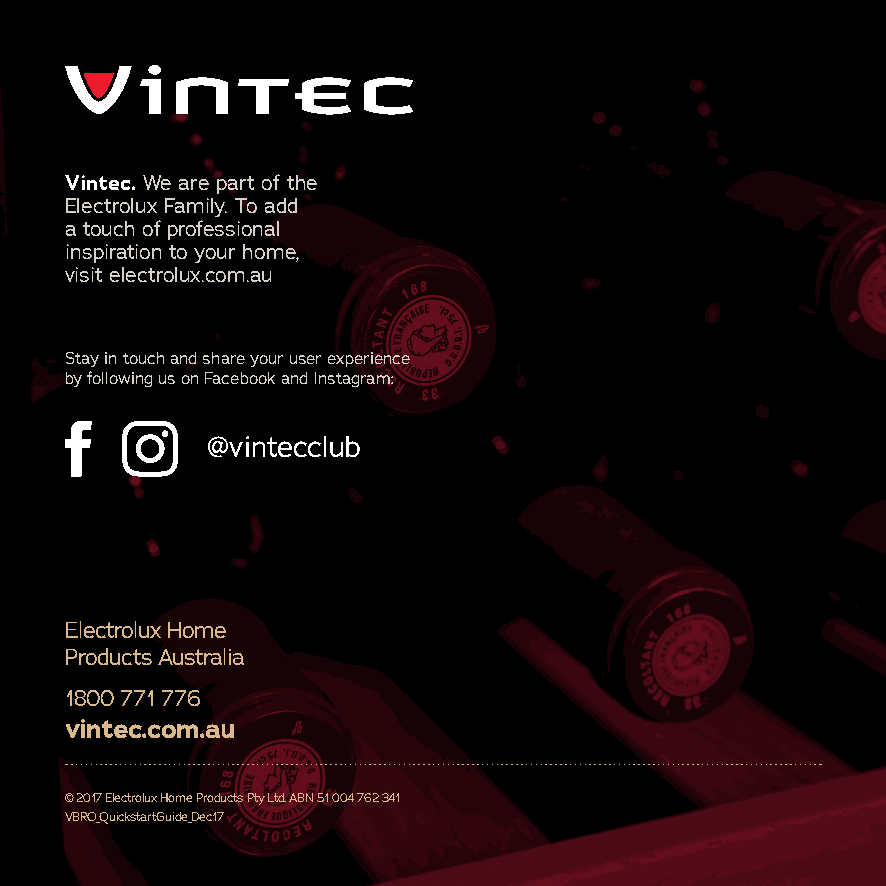
Vintec. We are part of the
 Electrolux Family. To add
 a touch of professional
 inspiration to your home,
 visit electrolux.com.au
 Stay in touch and share your user experience
 by following us on Facebook and Instagram:
 @vintecclub
 Electrolux Home
 Products Australia
 1800 771 776
 vintec.com.au
 © 2017 Electrolux Home Products Pty Ltd. ABN 51 004 762 341
 VBRO_QuickstartGuide_Dec17